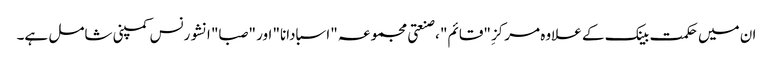
ان میں حکمت بینک کے علاوہ مرکزِ "قائم" ، صنعتی مجموعہ "اسبادانا" اور "صبا" انشورنس کمپنی شامل ہے۔